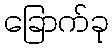
ခြောက်ခု